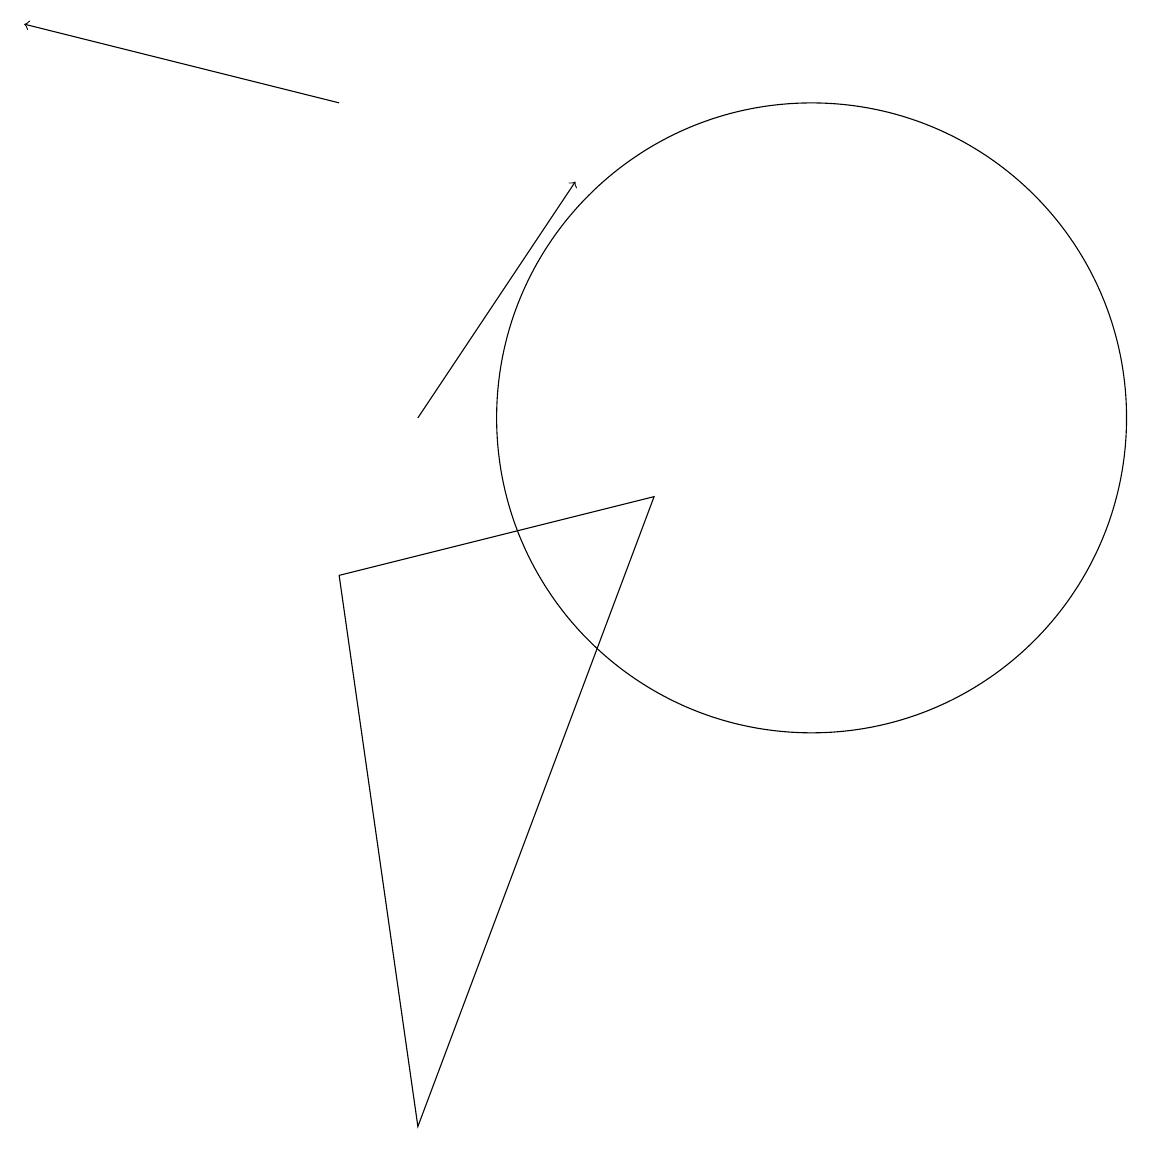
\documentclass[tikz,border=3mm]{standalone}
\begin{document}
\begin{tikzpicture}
\draw[->] (5,14) -- (1,15);
\draw (11,10) circle (4);
\draw[->] (6,10) -- (8,13);
\draw (5,8) -- (9,9) -- (6,1) -- cycle;
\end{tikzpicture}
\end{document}